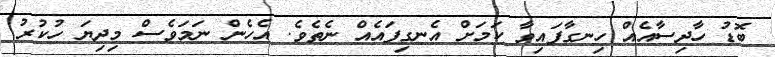
ބޮޑު ހާދިސާއެއް ހިނގާފައިވާ ކަމަށް އެނގިފައެއް ނެތެވެ. އެހެން ނަމަވެސް މިދިޔަ ހުކުރު